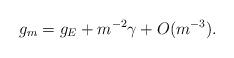
LaTeX: \begin{align*}g_m = g_E + m^{-2}\gamma + O(m^{-3}).\end{align*}